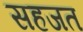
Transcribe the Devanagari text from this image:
सहजत